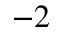
^ { - 2 }